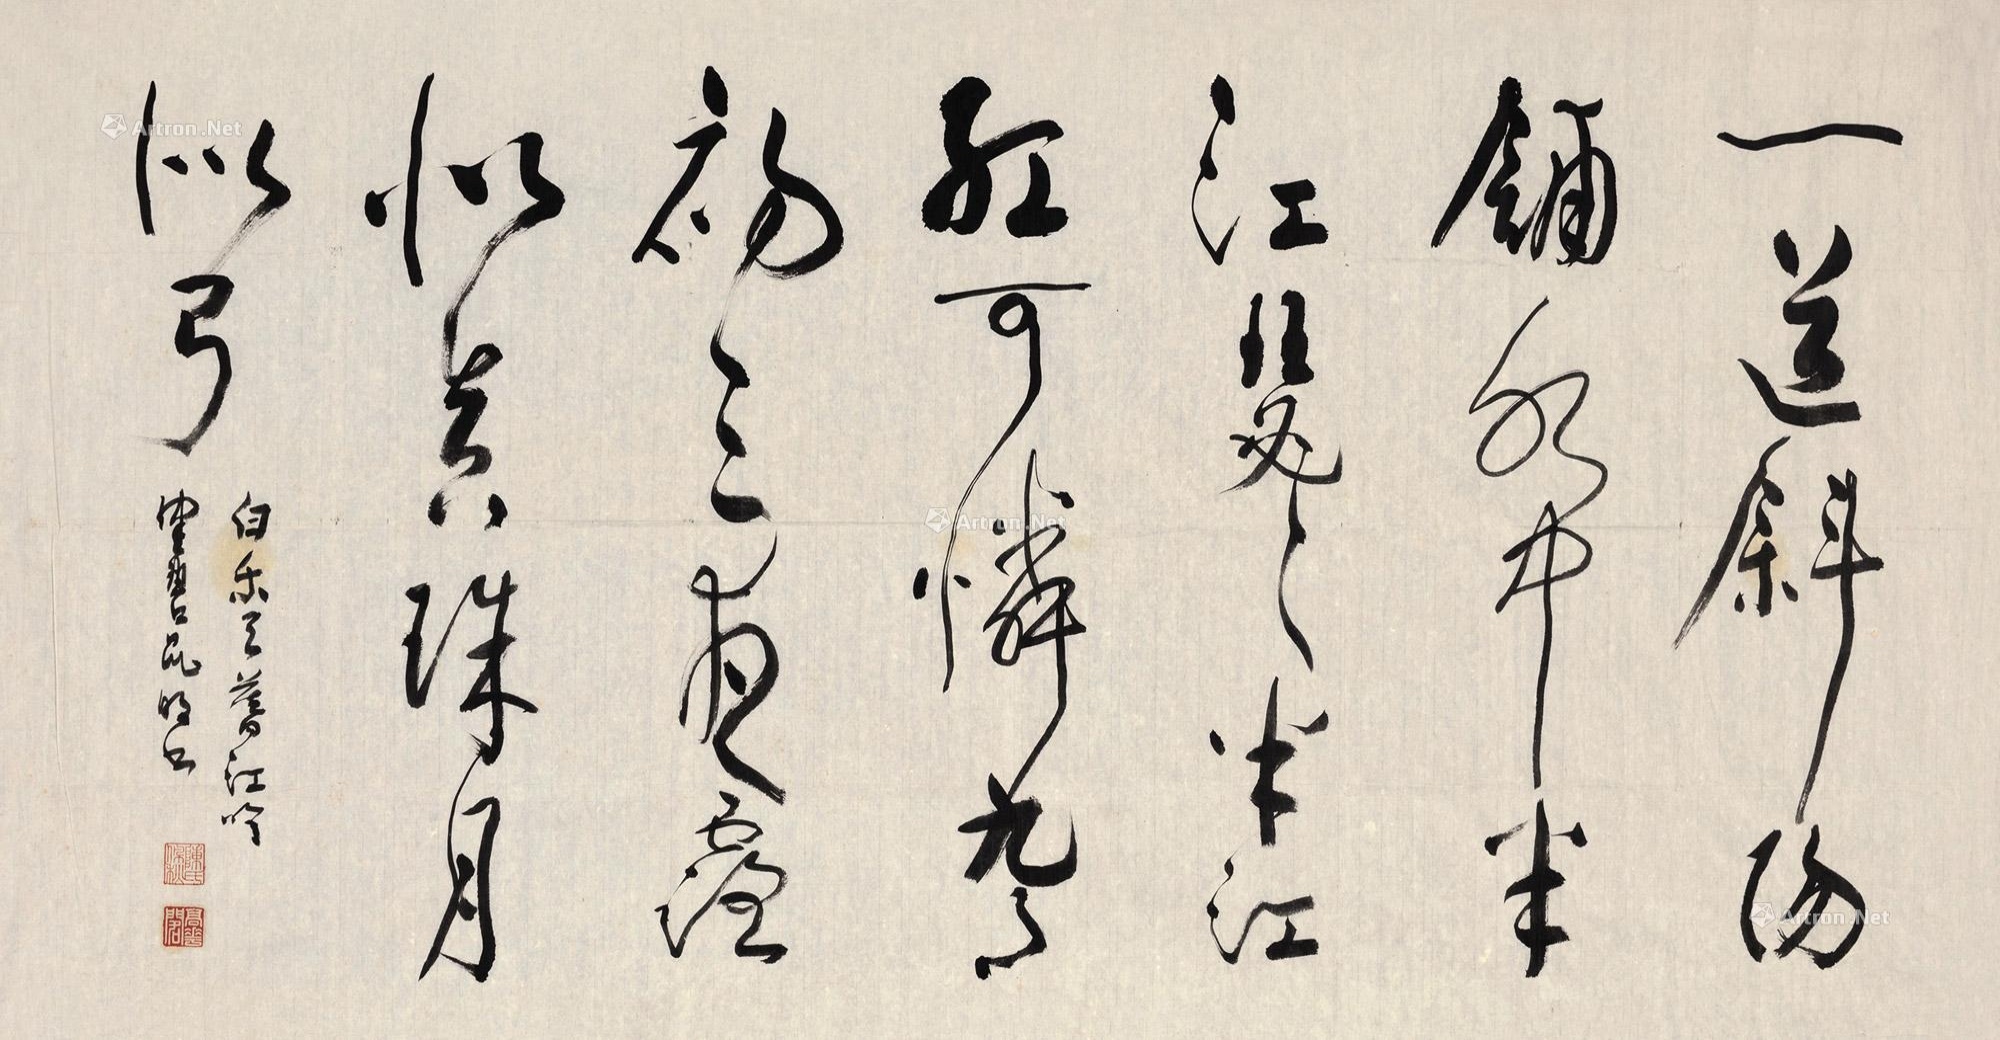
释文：一道斜阳铺水中，半江瑟瑟半江红。可怜九月初三夜，露似真珠月似弓。白乐天《暮江吟》，健碧昆明书。